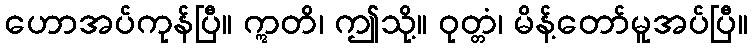
ဟောအပ်ကုန်ပြီ။ ဣတိ၊ ဤသို့။ ဝုတ္တံ၊ မိန့်တော်မူအပ်ပြီ။